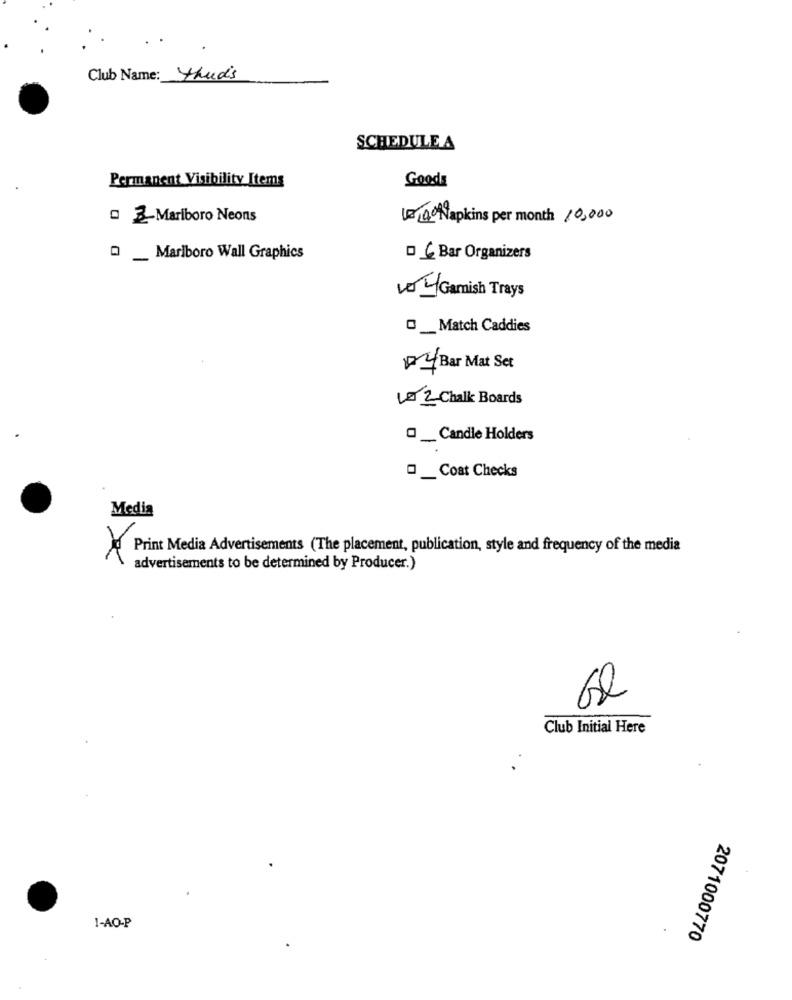
Club Name: thuds
SCHEDULE A
Permanent Visibility Items
Goods
0 2-Mariboro Neons
12140 Napkins per month 10,000
_ Marlboro Wall Graphics
DC Bar Organizers
10 Garnish Trays
__ Match Caddies
04 Bar Mat Set
Lo 2 Chalk Boards
O _ Candle Holders
_ Coat Checks
Media
Print Media Advertisements (The placement, publication, style and frequency of the media
advertisements to be determined by Producer.)
Club Initial Here
1-AO-P
2071000770